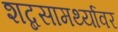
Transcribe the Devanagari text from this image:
शब्दसामर्थ्यावर